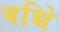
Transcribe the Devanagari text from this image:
बच्चेि